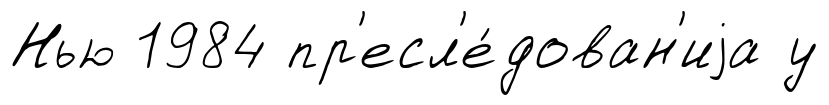
Нью 1984 пр'есл'е́дован'иjа у